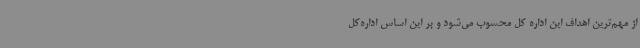
از مهم‌ترین اهداف این اداره کل محسوب می‌شود و بر این اساس اداره‌کل